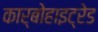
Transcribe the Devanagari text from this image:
कार्बोहाइट्रेड